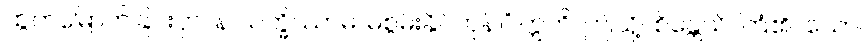
ထွက်မြောက်ခြင်းငှာ။ န သက္ခိဿာမ၊ မစွမ်းနိုင်ကုန်။” ဣတိ၊ ဤသို့။ စိန္တေသိ၊ ကြံ၏။ သော၊